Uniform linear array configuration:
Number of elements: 8
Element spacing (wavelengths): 0.5
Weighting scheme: binomial
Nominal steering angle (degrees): -30
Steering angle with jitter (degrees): -31.082
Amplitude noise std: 0.05
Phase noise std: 0.05

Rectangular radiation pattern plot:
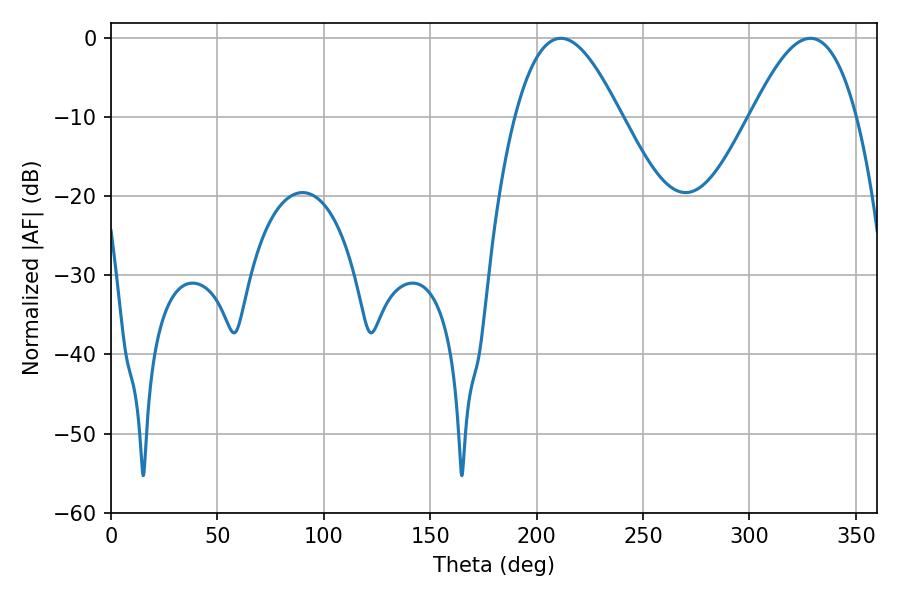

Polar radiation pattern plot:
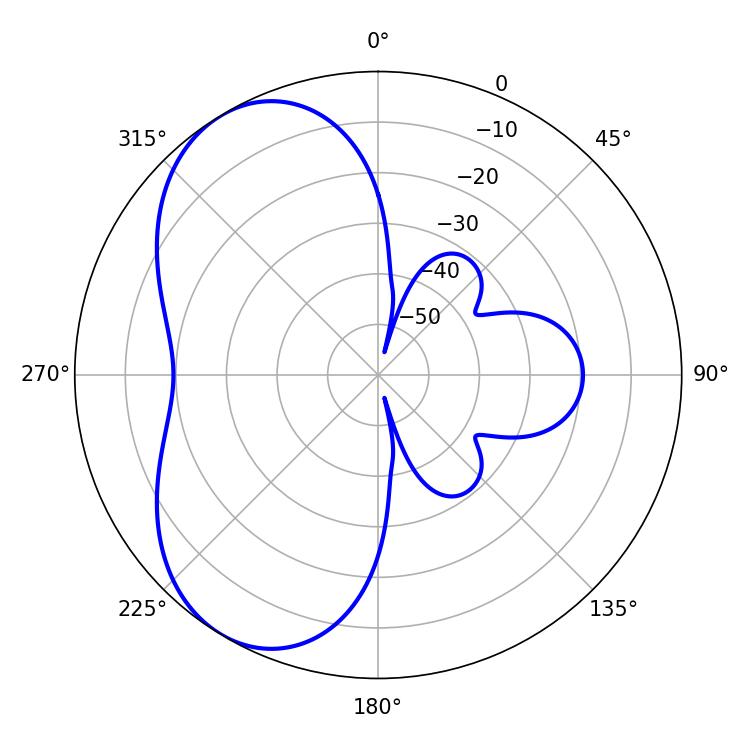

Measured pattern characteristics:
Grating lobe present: FALSE
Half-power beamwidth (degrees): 27
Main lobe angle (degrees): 211.32